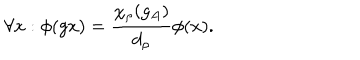
LaTeX: \forall x : \phi ( g x ) = \frac { \chi _ { \rho } ( g _ { A } ) } { d _ { \rho } } \phi ( x ) .